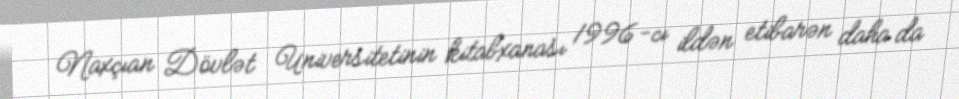
Naxçıan Dövlət Universitetinin kitabxanası 1996-cı ildən etibarən daha da